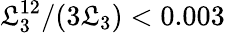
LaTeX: \mathfrak{L}_{3}^{12}/(3\mathfrak{L}_{3})<0.003